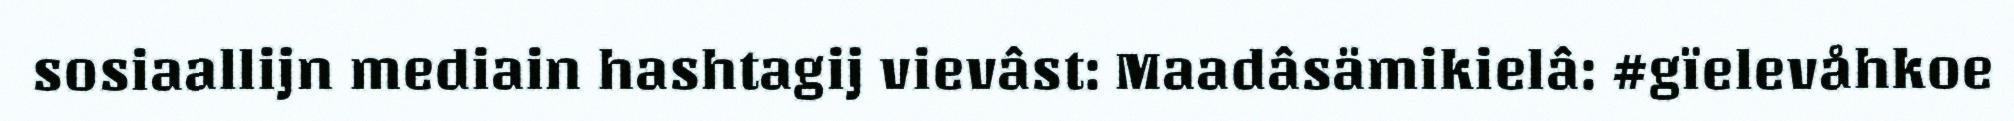
sosiaallijn mediain hashtagij vievâst: Maadâsämikielâ: #gïelevåhkoe